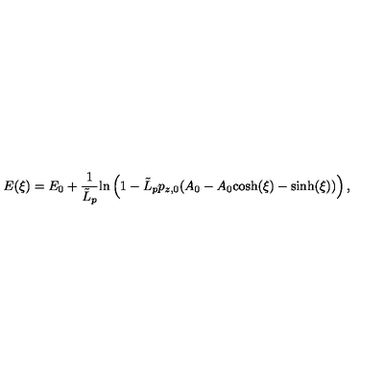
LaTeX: E ( \xi ) = E _ { 0 } + { \frac { 1 } { { \tilde { L } } _ { p } } } \mathrm { l n } \left( 1 - { \tilde { L } } _ { p } p _ { z , 0 } ( A _ { 0 } - A _ { 0 } \it { \cosh } ( \xi ) - \it { \sinh } ( \xi ) ) \right) ,